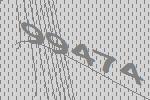
99474